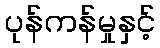
ပုန်ကန်မှုနှင့်